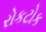
રોકટોક